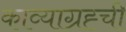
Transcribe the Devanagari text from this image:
काव्याग्रह्ची